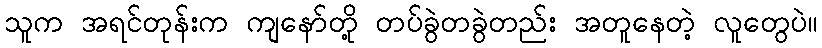
သူက အရင်တုန်းက ကျနော်တို့ တပ်ခွဲတခွဲတည်း အတူနေတဲ့ လူတွေပဲ။